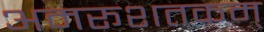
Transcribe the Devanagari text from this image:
अमरूशतकम्